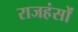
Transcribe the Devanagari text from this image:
राजहंसों